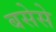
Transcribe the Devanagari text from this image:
बसेसे